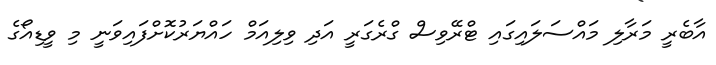
އާބެރީ މަރާލި މައްސަލައިގައި ޓްރޭވިސް ގްރެގަރީ އަދި ވިލިއަމް ހައްޔަރުކޮށްފައިވަނީ މި ވީޑިއޯގެ